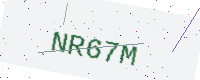
Text: NR67M